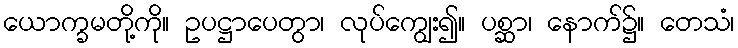
ယောက္ခမတို့ကို။ ဥပဋ္ဌာပေတွာ၊ လုပ်ကျွေး၍။ ပစ္ဆာ၊ နောက်၌။ တေသံ၊